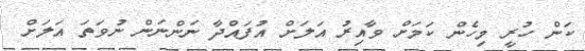
ކަން ހުރީ މިހެން ކަމަށް ވާއިރު އަލަށް އުފައްދާ ނަންނަން ނުވަތަ އަލަށް